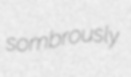
sombrously